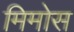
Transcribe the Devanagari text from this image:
मिमोस